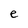
Character: e